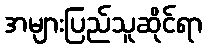
အများပြည်သူဆိုင်ရာ